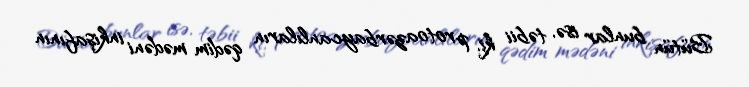
Bütün bunlar isə, təbii ki, protoazərbaycanlıların qədim mədəni inkişafının